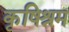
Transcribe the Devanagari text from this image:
कृषिश्रम